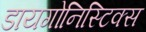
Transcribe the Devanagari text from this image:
डायगोनिस्टिक्‍स